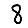
Digit: 8